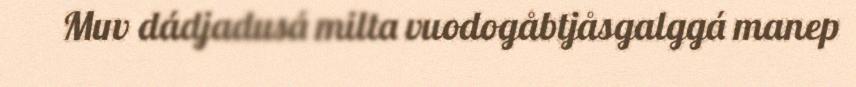
Muv dádjadusá milta vuodogåbtjåsgalggá manep